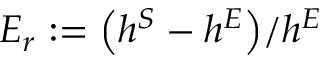
E _ { r } : = { \left( h ^ { S } - h ^ { E } \right) } / { h ^ { E } }